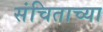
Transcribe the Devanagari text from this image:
संचिताच्या